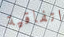
اتفاقية